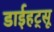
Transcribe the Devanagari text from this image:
डाईहट्सू